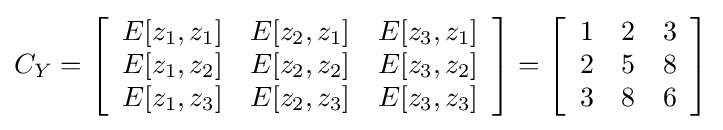
C_{Y}=\left[{\begin{array}{ccc}E[z_{1},z_{1}]&E[z_{2},z_{1}]&E[z_{3},z_{1}]\\E[z_{1},z_{2}]&E[z_{2},z_{2}]&E[z_{3},z_{2}]\\E[z_{1},z_{3}]&E[z_{2},z_{3}]&E[z_{3},z_{3}]\end{array}}\right]=\left[{\begin{array}{ccc}1&2&3\\2&5&8\\3&8&6\end{array}}\right]